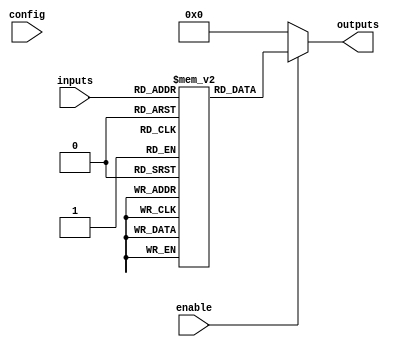
module CLB (
    input wire [N-1:0] inputs,             // N input signals
    input wire [M-1:0] config,              // Configuration inputs for LUT
    input wire enable,                       // Enable signal
    output reg [P-1:0] outputs              // P output signals
);

// Parameters defining the sizes of inputs and outputs
parameter N = 8;                           // Number of inputs
parameter M = 256;                         // Number of LUT configurations, assuming 8 inputs (2^8)
parameter P = 4;                           // Number of outputs

// Internal LUT array
reg [P-1:0] lut [0:M-1];                  

// Synthesis-time initialization of LUT based on configuration
initial begin
    // Initialize the LUT values based on `config`
    // ... Custom initialization based on requirements
    // Example initialization for a simple function
    lut[0]  = 4'b0001;   // Example output for input combination 00000000
    lut[1]  = 4'b0000;   // Example output for input combination 00000001
    // Fill in the rest based on the config signals as needed
    // Ensure complete mapping for all 256 configurations for 8 inputs
    // Can use a more complex logic function defined via configuration methods
end

// Combinational logic implementation
always @(*) begin
    if (enable) begin
        // Use the current input to select the correct output from LUT
        outputs = lut[inputs];  // Directly using inputs as address
    end else begin
        outputs = {P{1'b0}};     // If not enabled, drive outputs low (or any desired default state)
    end
end

endmodule